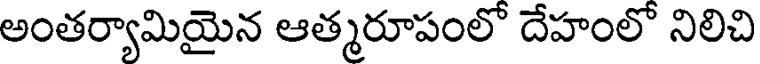
అంతర్యామియైన ఆత్మరూపంలో దేహంలో నిలిచి